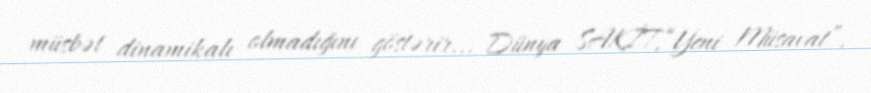
müsbət dinamikalı olmadığını göstərir... Dünya SAKİT,“Yeni Müsavat”.